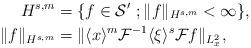
LaTeX: \begin{align*}H^{s,m} &= \{ f \in \mathcal{S}' \ ; \|f\|_{H^{s,m}} <\infty\},\\\|f\|_{H^{s,m}}&=\|\langle x \rangle^m \mathcal{F}^{-1} \langle \xi \rangle^s{{\mathcal F}}f\|_{L_{x}^{2}}, \end{align*}